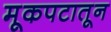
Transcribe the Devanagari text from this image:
मूकपटातून